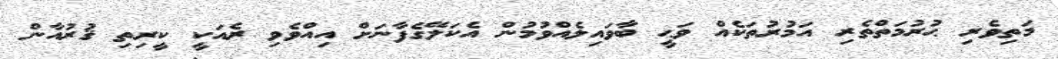
މަތިވެރި ޙުރުމަތްތެރި އަމުރުތަކެއް ވަޙީ ބާވައިލެއްވުމުން އެކަލޭގެފާނަށް އިއްވެވި ރެއަކީ ކީރިތި ޤުރުއާން